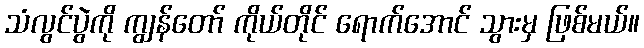
သံလွင်ပွဲကို ကျွန်တော် ကိုယ်တိုင် ရောက်အောင် သွားမှ ဖြစ်မယ်။